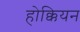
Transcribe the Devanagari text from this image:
होक्कियन